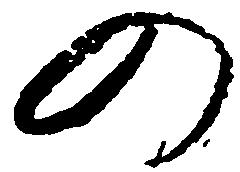
の